Lunatic asylums Madras 1892-1911 - 1892-1911
Year: 1892
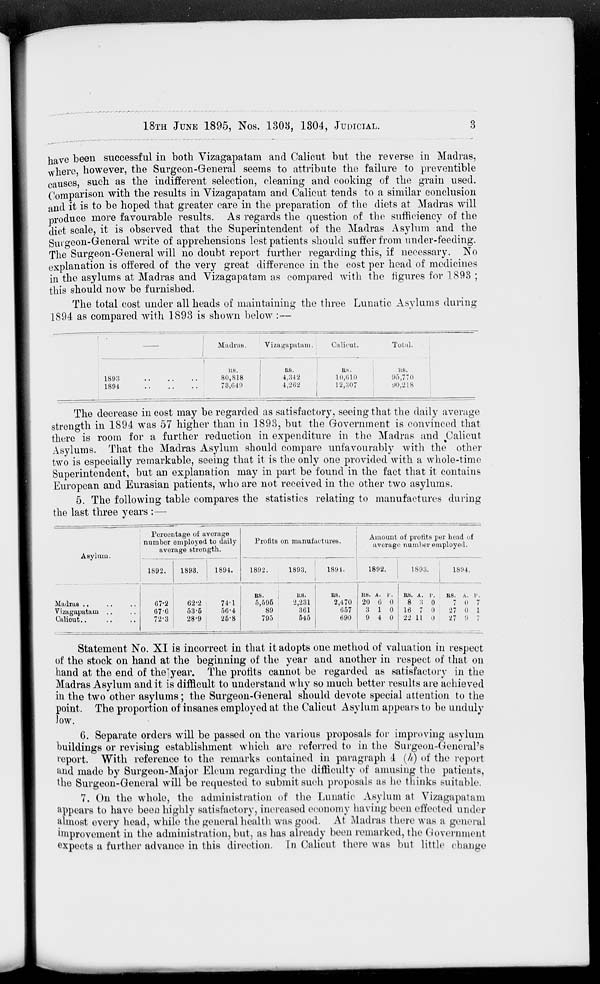
18TH JUNE 1895, Nos. 1308, 1304, JUDICIAL.
have been successful in both Vizagapatam and Calicut but the reverse in Madras,
where, however, the Surgeon-General seems to attribute the failure to preventible
causes, such as the indifferent selection, cleaning and cooking of the grain used.
Comparison with the results in Vizagapatam and Calicut tends to a similar conclusion
and it is to be hoped that greater care in the preparation of the diets at Madras will
produce more favourable results. As regards the question of the sufficiency of the
diet scale, it is observed that the Superintendent of the Madras Asylum and the
Sui geon-General write of apprehensions lest patients should suffer from under-feeding.
The Surgeon-General will no doubt report further regarding this, if necessary. No
explanation is offered of the very great difference in the cost per head of medicines
in the asylums at Madras and Vizagapatam as compared with the figures for 1893 ;
this should now be furnished.
The total cost under all heads of maintaining the three Lunatic Asylums during
1894 as compared with 1893 is shown below :—
I
.
Madras.
Vi zagapatam.
Calicut.
Total.
1893
1894
R8.
80,818
73,649
:
RS.
4,342
4,262
i
RS.
10,610
12,307
us.
';>">,770
90,218
The decrease in cost may be regarded as satisfactory, seeing that the daily average
strength in 1894 was 57 higher than in 1893, but the Government is convinced that
there is room for a further reduction in expenditure in the Madras and Calicut
Asylums. That the Madras Asylum should compare unfavourably with the other
two is especially remarkable, seeing that it is the only one provided with a whole-time
Superintendent, but an explanation may in part be found in the fact that it contains
European and Eurasian patients, who are not received in the other two asylums.
5. The following table compares the statistics relating to manufactures during
the last three years :—
Asylum.
Percentage of average
number employed to daily
average strength.
1892.
1893.
1894.
Profits on manufactures.
Amount of profits per head of
average number employed.
1892.
1893.
1891.
1892.
1893.
1894.
Madras ..
Vizagapatam
Caliout..
67-2
62-2
|
741
67-6
53-5
56-4
72-3
28-9
26-8
RS.
5,595
89
795
HS.
2,231
361
545
RS.
RS. A. 1'.
2,470 20 6 0
657
3 1 0
690
9 4 0
RS. A. 1'.
RS.
A. V.
8 :; 0
7 o 7
16 7 0
27 0 1
22 11 0
27 9 7
Statement No. XI is incorrect in that it adopts oue method of valuation in respect
of the stock on hand at the beginning of the year and another in respect of that on
hand at the end of the"year. The profits cannot be regarded as satisfactory in the
Madras Asylum and it is difficult to understand why so much better results are achieved
in the two other asylums; the Surgeon-General should devote special attention to the
point. The proportion of insanes employed at the Calicut Asylum appears to be unduly
Jow.
6. Separate orders will be passed on the various proposals for improving asylum
buildings or revising establishment which are referred to in the Surgeon-General's
report. With reference to the remarks contained in paragraph 4 (h) of the report
and made by Surgeon-Major Elcum regarding the difficulty of amusing the patients,
Hie Surgeon-General will be requested to submit such proposals as he thinks suitable.
7. On the whole, the administration of the Lunatic Asylum at Vizagapatam
appears to have been highly satisfactory, increased economy having been effected under
almost every head, while the general health was good. At Madras there was a general
improvement in the administration, but, as has already been remarked, the ( tovernment
expects a further advance in this direction. In Calicut there was but little change